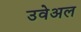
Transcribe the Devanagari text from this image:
उवेअल